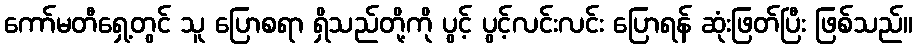
ကော်မတီရှေ့တွင် သူ ပြောစရာ ရှိသည်တို့ကို ပွင့် ပွင့်လင်းလင်း ပြောရန် ဆုံးဖြတ်ပြီး ဖြစ်သည်။